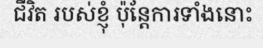
ជីវិត របស់ខ្ញុំ ប៉ុន្តែការទាំងនោះ